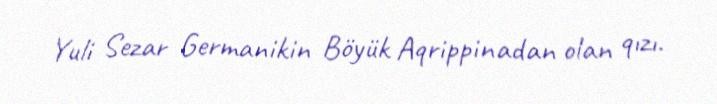
Yuli Sezar Germanikin Böyük Aqrippinadan olan qızı.